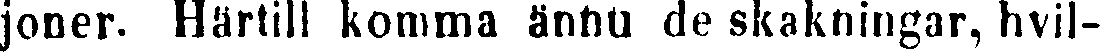
joner. Härtill komma ännu de skakningar, hvil-